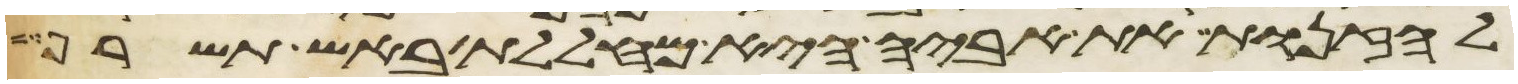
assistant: לזנות את אביה היא מחללת באש תשרף